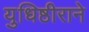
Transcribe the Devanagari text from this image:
युधिष्ठीराने